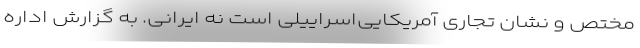
مختص و نشان تجاری آمریکایی‌اسراییلی است نه ایرانی. به گزارش اداره